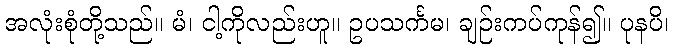
အလုံးစုံတို့သည်။ မံ၊ ငါ့ကိုလည်းဟူ။ ဥပသင်္ကမ၊ ချဉ်းကပ်ကုန်၍။ ပုနပိ၊